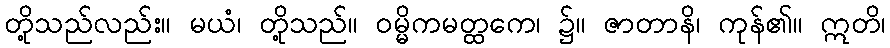
တို့သည်လည်း။ မယံ၊ တို့သည်။ ဝမ္မိကမတ္ထကေ၊ ၌။ ဇာတာနိ၊ ကုန်၏။ ဣတိ၊